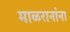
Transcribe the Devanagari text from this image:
माळरानांना